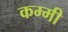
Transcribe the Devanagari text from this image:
कम्मी